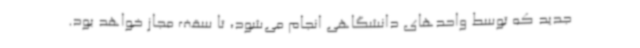
جدید که توسط واحدهای دانشگاهی انجام می‌شود، تا سقف مجاز خواهد بود.